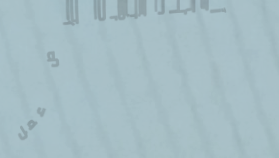
إعلانات مبوبة   فرص عمل م